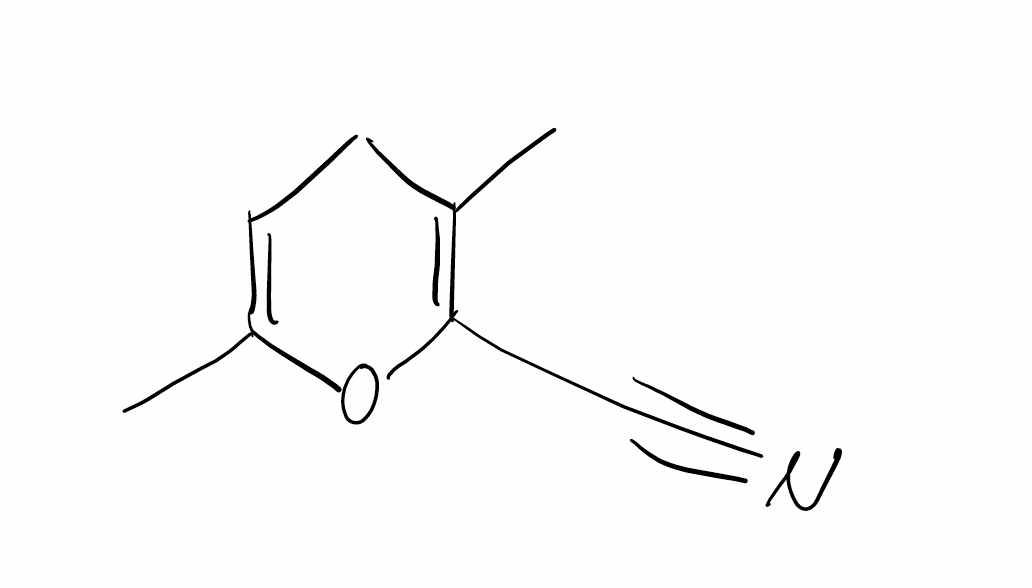
Simplified molecular-input line-entry system (SMILES) notation of the given molecule:
CC1=C(OC(=CC1)C)C#N